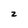
Character: z